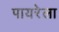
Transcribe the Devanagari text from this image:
पायरेला